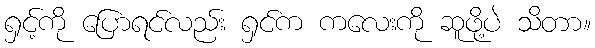
ရှင့်ကို ပြောရင်လည်း ရှင်က ကလေးကို ဆူဖို့ပဲ သိတာ။